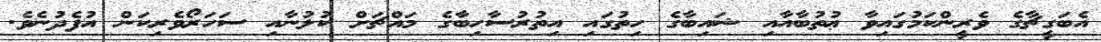
އެބަގީޗާގެ ވެރީންކަމުގައިވާ ޢުތުބާއާއި ޝައިބާގެ ހިތުގައި އިތުރުސާހިބާގެ މައްޗަށް ކުލުނާއި ސަހަރޯވެރިކަން އުފެދުނެވެ.